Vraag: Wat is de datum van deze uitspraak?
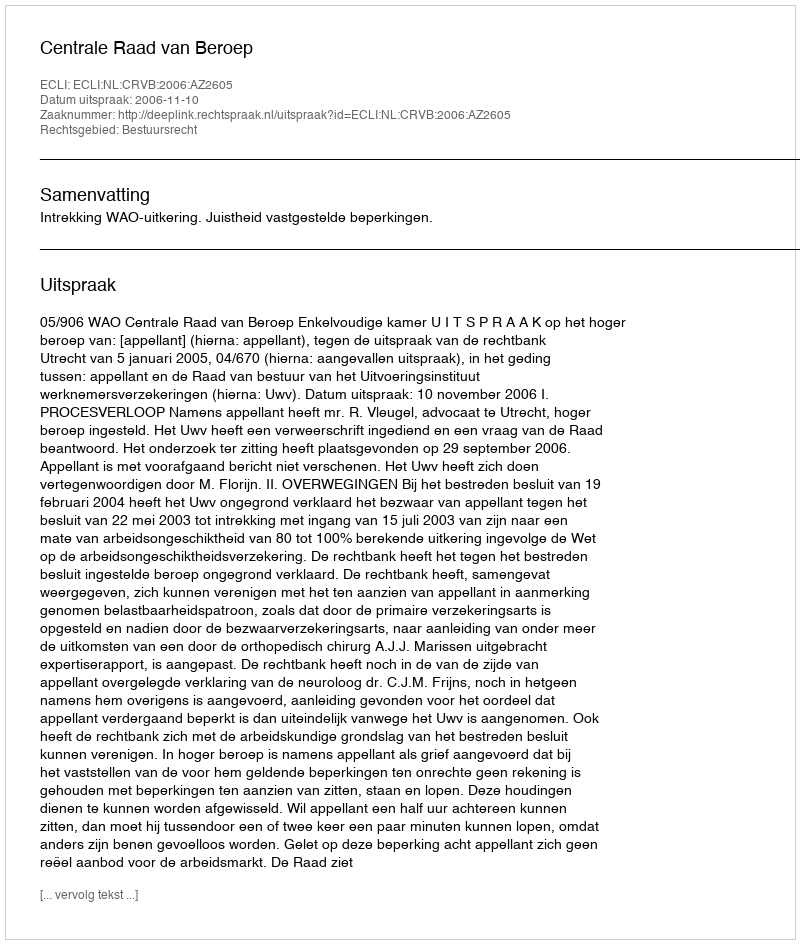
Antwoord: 2006-11-10